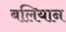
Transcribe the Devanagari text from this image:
बलियान